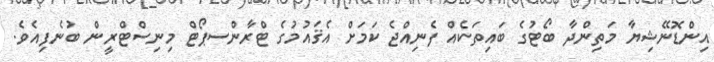
އިންޑޮނޭޝިޔާ މަތިންދާ ބޯޓުގެ ބައިތަކެއް ފެނިއްޖެ ކަމަށް އެޤައުމުގެ ޓްރާންސޕޯޓް މިނިސްޓްރީން ބުނެފިއެވެ.